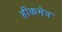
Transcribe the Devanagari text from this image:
हीकमेव